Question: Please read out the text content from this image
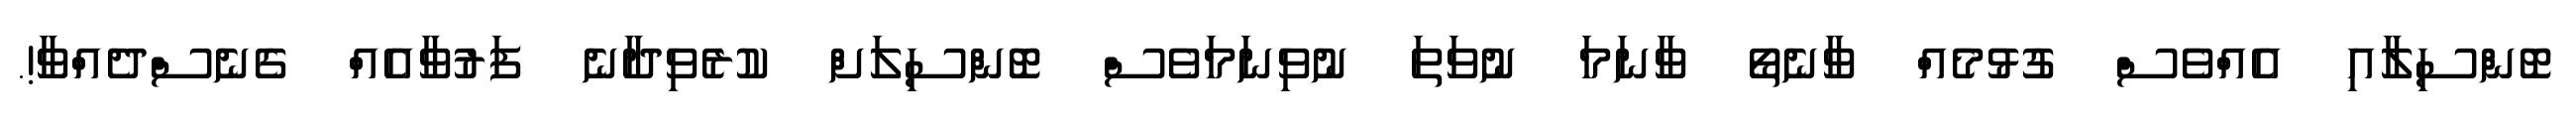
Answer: ޓޮންސިލާއި އެއްވެސް ގުޅުމެއް ވާނެތޯ ވާނަމަ ނުވަތަ ނުވިނަމަވެސް ޓޮންސިލަށް ކުރެވިދާނެ ފަރުވާއެއް ގެނެސްދެއްވާ!.